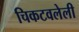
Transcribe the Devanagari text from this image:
चिकटवलेली